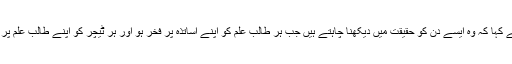
انہوں نے کہا کہ وہ ایسے دن کو حقیقت میں دیکھنا چاہتے ہیں جب ہر طالب علم کو اپنے اساتذہ پر فخر ہو اور ہر ٹیچر کو اپنے طالب علم پر فخر ہو۔